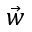
\vec { w }